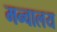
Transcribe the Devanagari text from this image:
मन्वालय